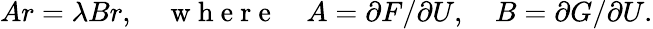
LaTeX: Ar=\lambda Br,\quad\mathrm{~w~h~e~r~e~}\quad A={\partial F}/{\partial U},\quad B={\partial G}/{\partial U}.